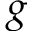
g